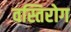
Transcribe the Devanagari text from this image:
वस्तिरोग